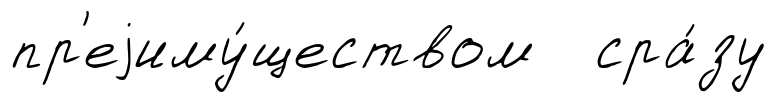
пр'еjиму́ществом сра́зу